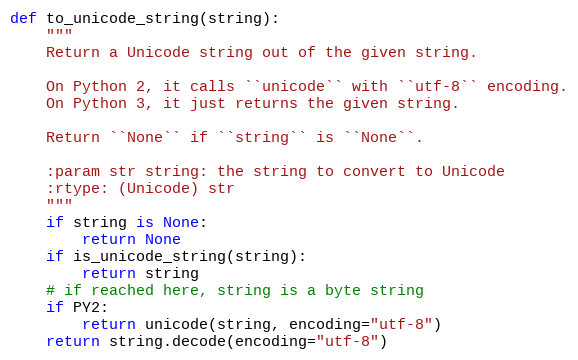
Language: Python
def to_unicode_string(string):
    """
    Return a Unicode string out of the given string.

    On Python 2, it calls ``unicode`` with ``utf-8`` encoding.
    On Python 3, it just returns the given string.

    Return ``None`` if ``string`` is ``None``.

    :param str string: the string to convert to Unicode
    :rtype: (Unicode) str
    """
    if string is None:
        return None
    if is_unicode_string(string):
        return string
    # if reached here, string is a byte string
    if PY2:
        return unicode(string, encoding="utf-8")
    return string.decode(encoding="utf-8")